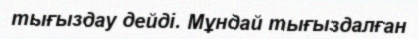
тығыздау дейді. Мұндай тығыздалған